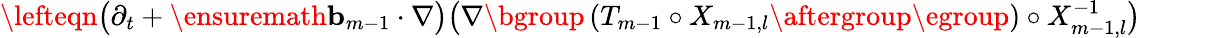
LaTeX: \begin{array}{rl}{\lefteqn{\bigl(\partial_{t}+\ensuremath{\mathbf{b}}_{m-1}\cdot\nabla\bigr)\bigl(\nabla\mathopen{}\mathclose\bgroup\left(T_{m-1}\circ X_{m-1,l}\aftergroup\egroup\right)\circ X_{m-1,l}^{-1}\bigr)}\qquad}&{{}}\end{array}